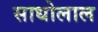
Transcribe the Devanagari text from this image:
साधोलाल